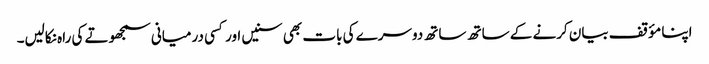
اپنا مؤقف بیان کرنے کے ساتھ ساتھ دوسرے کی بات بھی سنیں اور کسی درمیانی سمجھوتے کی راہ نکالیں۔